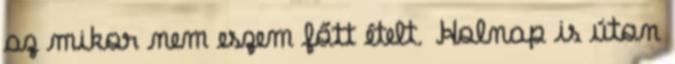
az mikor nem eszem főtt ételt. Holnap is úton